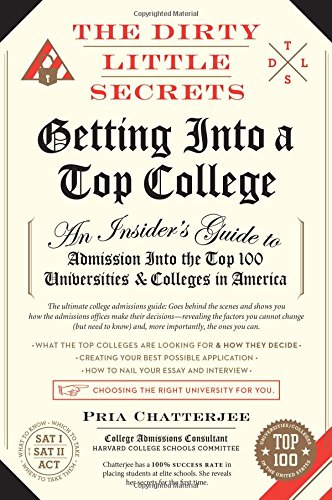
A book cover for The Dirty Little Secrets of Getting Into a Top College; Pria Chatterjee; Test Preparation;